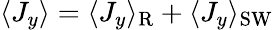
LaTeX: \langle J_{y}\rangle=\langle J_{y}\rangle_{\mathrm{R}}+\langle J_{y}\rangle_{\mathrm{SW}}